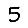
Digit: 5